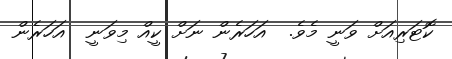
ކޮޓަރިއަށް ވަނީ މެވެ.  އަހަރެން ނަށް ކީއް މިވަނީ  އަހަރެން